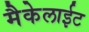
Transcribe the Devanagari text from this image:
मैकेलाईट